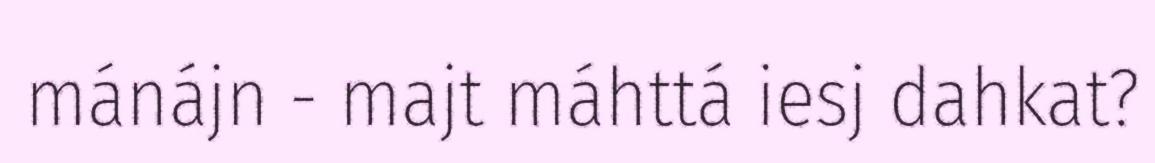
mánájn - majt máhttá iesj dahkat?